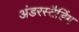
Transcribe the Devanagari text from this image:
अंडरस्टैडिंग